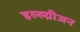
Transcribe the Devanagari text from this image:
इल्ल्य्रीअन